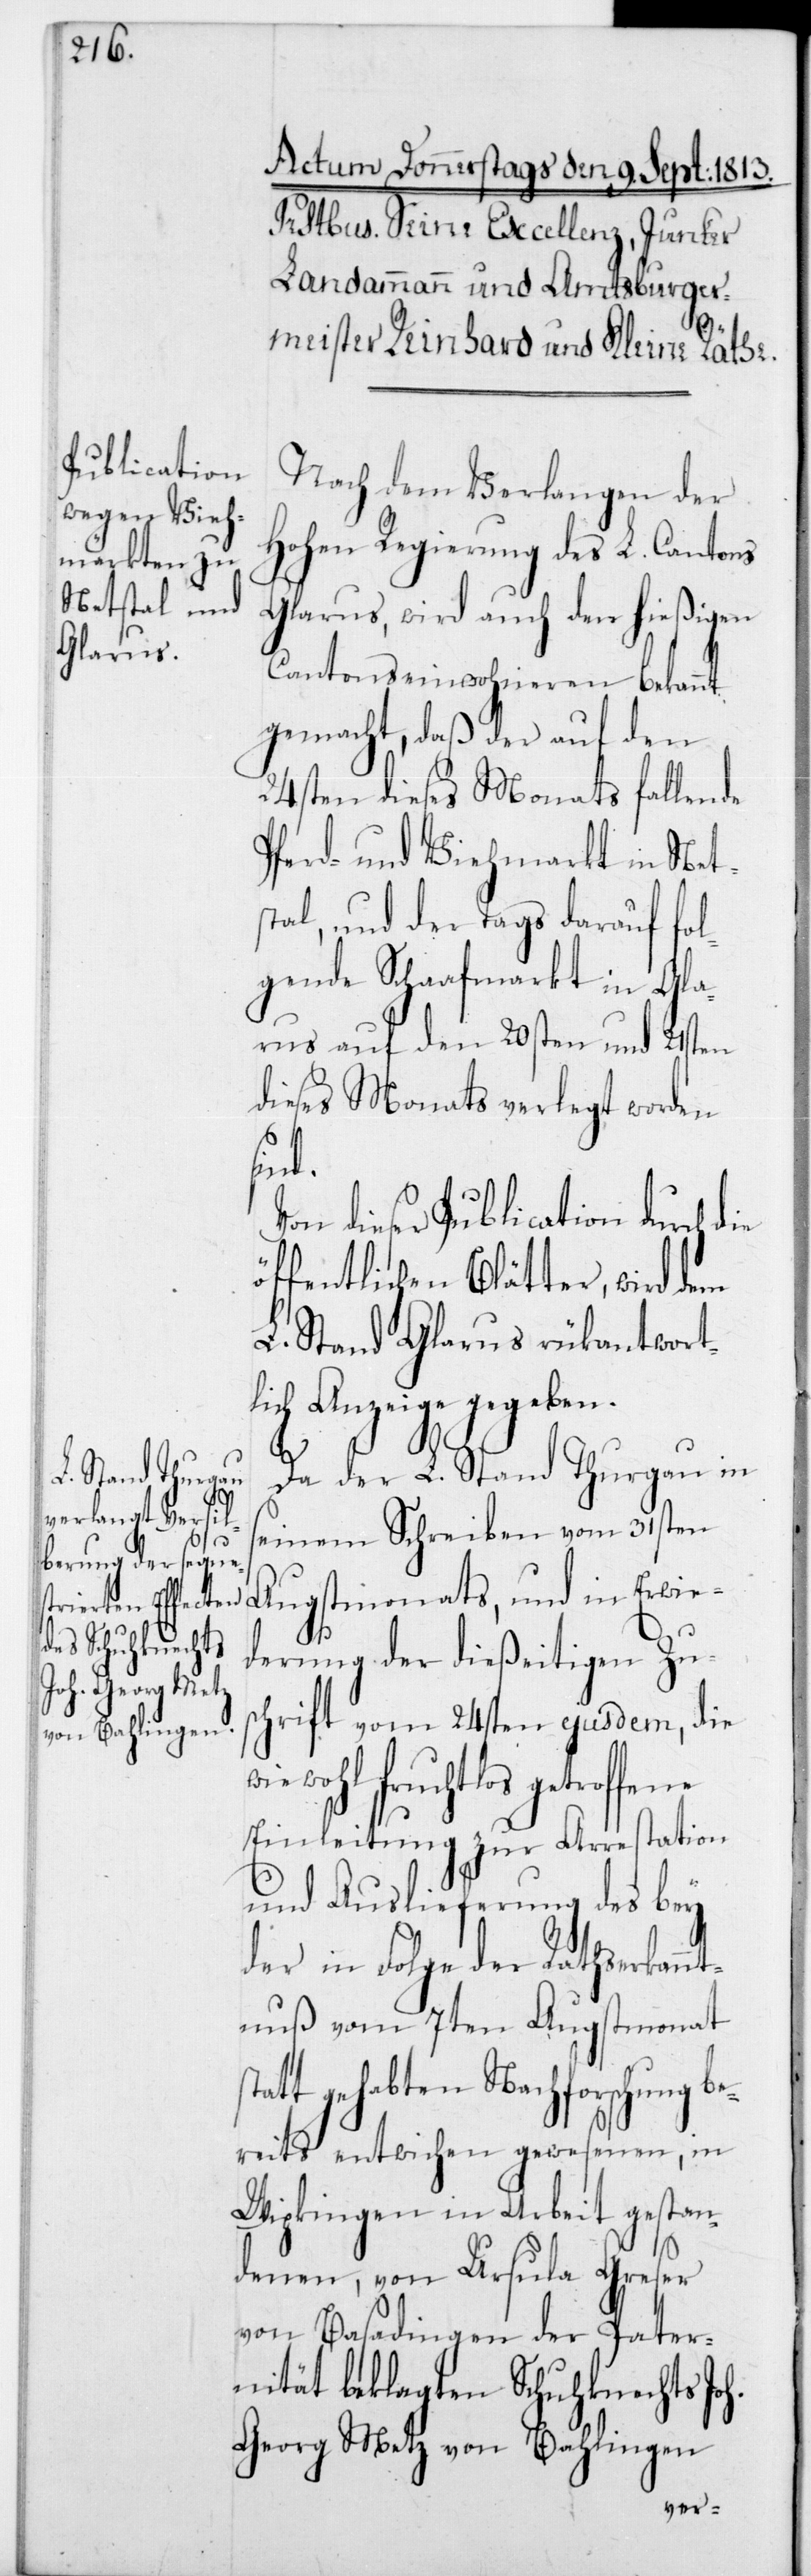
s¬

Nach dem Verlangen der
Hohen Regierung des L. Cantons
Glarus, wird auch den hießigen
Cantonseinwohneren bekannt
gemacht, daß der auf den
24sten dieses Monats fallende
Pferd- und Viehmarkt in Net¬
stal und der Tags darauf fol¬
gende Schaafmarkt in Gla¬
rus auf den 20sten und 21sten
dieses Monats verlegt worden
sind.
Von dieser Publication durch
öffentlichen Blätter wird dem
L. Stand Glarus rückantwort¬
lich Anzeige gegeben.
Da der L. Stand Thurgau in
seinem Schreiben vom 31sten
Augustmonats, und in Erwi¬
derung der dießeitigen Zu¬
schrift vom 24sten ejusdem, die
wohl fruchtlos getroffene
Einleitung zur Arrestation
und Auslieferung des bey
der in Folge der Rathserkannt¬
nuß vom 7ten Augstmonat
tattgehabten Nachforschung be¬
reits entwichen gewesenen, in
Wipkingen in Arbeit gestan¬
denen, von Ursula Greser
von Basadingen der Pater¬
nität beklagten Schuhknechts Joh.
Georg Metz von Bahlingen